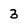
Character: 3